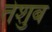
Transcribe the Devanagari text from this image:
तेशुब